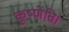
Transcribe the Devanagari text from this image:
कृष्णेति।